Report on sanitation, dispensaries, and jails in Rajputana for 1914, and on vaccination for the year 1914-1915 - 1914-1915
Year: 1914
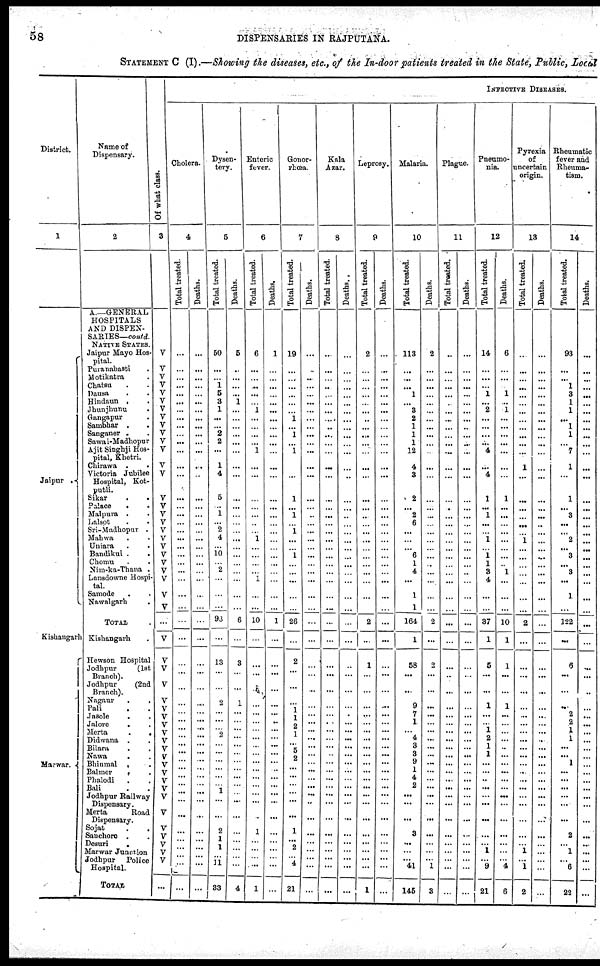
58
DISPENSARIES IN RAJPUTANA.
STATEMENT C (I).—Showing the diseases, etc., of the In-door patients treated in the State, Public, Local
District.
1
Jaipur
.
Kishangarh
Marwar.
Name of
Dispensary.
2
A.—GENERAL
HOSPITALS
AND DISPEN-
SARIES—contd.
NATIVE STATES.
Jaipur Mayo Hos-
pital.
Purnabasti.
Motikatra.
Chatsu. .
Dausa. .
Hindaun . .
Jhunjhunu.
Gangapur. .
Sambhar . .
Sanganer . .
Sawai-Madhopur
Ajit Singhji Hos-
pital, Khetri.
Chirawa . .
Victoria Jubilee
Hospital, Kot-
putli.
Sikar. .
Palace
Malpura. .
Lalsot
Sri-Madhopur .
Mahwa . .
Uniara. .
Bandikui . .
Chomu. .
Nim-ka-Thana .
Lansdowne Hospi-
tal.
Samode . .
Nawalgarh .
TOTAL.
Kishangarh .
Hewson Hospital
Jodhpur
(1st
Branch.
Jodhpur
(2nd
Branch).
Nagaur
.
.
Pali. .
Jasole. .
Jalore
. .
Merta
.
.
Didwana . .
Bilara . .
Nawa. .
Bhinml
.
.
Balmer . .
Phalodi . .
Bali . .
Jodhpur Railway
Dispensary.
Merta
Road
Dispensary.
Sojat . .
Sanchore . .
Desuri. .
Marwar Janction
Jodhpur
Police
Hospital.
TOTAL
Of what class.
3
V
V
V
V
V
V
V
V
V
V
V
V
V
V
V
V
V
V
V
V
V
V
V
V
V
V
V
...
V
V
V
V
V
V
V
V
V
V
V
V
V
V
V
V
V
V
V
V
V
V
V
...
INPECTIVE DISEASES.
Cholera.
4
Total treated.
...
...
...
...
...
...
...
...
...
...
...
...
...
...
...
...
...
...
...
...
...
...
...
...
...
...
...
...
...
...
...
...
...
...
...
...
...
...
...
...
...
...
...
...
...
...
...
...
...
...
...
...
Deaths.
...
...
...
...
...
...
...
...
...
...
...
...
..
...
...
...
...
...
...
...
...
...
...
...
...
...
...
...
...
...
...
...
...
...
...
...
...
...
...
...
...
...
...
...
...
...
...
...
...
...
...
Dysen-
tery.
5
Total treated.
50
...
... ...
5
3
1
...
...
2
2
...
1
4
5
...
1
...
2
4
...
10
...
2
...
...
...
83
...
13
...
...
2
...
...
...
2
...
...
...
...
...
...
1
...
...
2
1
1
...
11
33
Deaths.
5
..
...
...
...
1
...
...
...
...
...
...
...
...
...
...
...
...
...
...
...
...
...
...
...
...
...
6
...
3
...
...
1
...
...
...
...
...
...
...
...
...
...
...
...
...
...
...
...
...
...
4
Enteric
fever.
6
Total treated.
6
...
...
...
...
...
1
...
...
...
...
1
...
...
...
...
...
...
...
1
...
...
...
...
1
...
...
10
...
...
...
4
...
...
...
...
...
...
...
...
...
...
...
...
...
...
1
...
...
...
...
1
Deaths.
1
...
...
...
...
...
...
...
...
...
...
...
...
...
...
...
...
...
...
...
...
...
...
...
...
...
...
1
...
...
...
...
...
...
...
...
...
...
...
...
...
...
...
...
...
...
...
...
...
...
...
...
Gonor-
rhœa.
7
Total treated.
19
...
...
...
...
...
...
1
...
1
...
1
...
...
1
...
1
...
1
...
...
1
...
...
...
...
...
26
...
2
...
...
...
1
1
2
1
...
5
2
...
...
...
...
...
...
1
...
2
...
4
21
Deaths.
...
...
...
...
...
...
...
...
...
...
...
...
...
...
...
...
...
...
...
...
...
...
...
...
...
...
...
...
...
...
...
...
...
...
...
...
...
...
...
...
...
...
...
...
...
...
...
...
...
...
...
...
Kala
Azar.
8
Total treated.
...
...
...
...
...
...
...
...
...
...
...
...
...
...
...
...
...
...
...
...
...
...
...
...
...
...
...
...
...
...
...
...
...
...
...
...
...
...
...
...
...
...
...
...
...
...
...
...
...
...
...
...
Deaths.
...
...
...
...
...
...
...
...
...
...
...
...
...
...
...
...
...
...
...
...
...
...
...
...
...
...
...
...
...
...
...
...
...
...
...
...
...
...
...
...
...
...
...
...
...
...
...
...
...
...
...
...
Leprosy.
9
Total treated.
2
...
...
...
...
...
...
...
...
...
...
...
...
...
...
...
...
...
...
...
...
...
...
...
...
...
...
...
1
...
...
...
...
...
...
...
...
...
...
...
...
...
...
...
...
...
...
...
...
...
1
Deaths.
...
...
...
...
...
...
...
...
...
...
...
...
...
...
...
...
...
...
...
...
...
...
...
...
...
...
...
...
...
...
...
...
...
...
...
...
...
...
...
...
...
...
...
...
...
...
...
...
...
...
...
Malaria.
10
Total treated.
113
...
...
...
1
...
3
2
1
1
1
12
4
3
2
...
2
6
...
...
...
6
1
4
...
1
1
164
1
68
...
...
9
7
1
...
4
8
8
9
1
4
2
...
...
...
3
...
...
...
41
145
Deaths.
2
...
...
...
...
...
...
...
...
...
...
...
...
...
...
...
...
...
...
...
...
...
...
...
...
...
...
2
...
...
...
...
...
...
...
...
...
...
...
...
...
...
...
...
...
...
...
...
...
...
1
3
Plague.
11
Total treated.
...
...
...
...
...
...
...
...
...
...
...
...
...
...
...
...
...
...
...
...
...
...
...
...
...
...
...
...
...
...
...
...
...
...
...
...
...
...
...
...
...
...
...
...
...
...
...
...
...
...
...
...
Deaths.
...
...
...
...
...
...
...
...
...
...
...
...
...
...
...
...
...
...
...
...
...
...
...
...
...
...
...
...
...
...
...
...
...
...
...
...
...
...
...
...
...
...
...
...
...
...
...
...
...
...
...
...
Pneumo-
nia.
12
Total treated.
14
...
...
...
1
...
2
...
...
...
...
4
...
4
1
...
1
...
...
1
...
1 l
3
4
...
...
37
1
5
...
...
1
...
...
1
2
1
1
...
...
...
...
...
...
...
...
...
1
...
9
21
Deaths.
6
...
...
...
1
...
1
...
...
...
...
...
...
...
1
...
...
...
...
...
...
...
1
...
...
...
10
...
...
...
...
1
...
...
...
...
...
...
...
...
...
...
...
...
...
...
...
...
...
4
6
Pyrexia
of
uncertain
origin.
13
Total treated.
...
...
...
...
...
...
...
...
...
...
...
...
1
...
...
...
...
...
...
1
...
...
...
...
...
...
...
2
...
...
...
...
...
...
...
...
...
...
...
...
...
...
...
...
...
...
...
...
1
...
1
2
Deaths.
...
...
...
...
...
...
...
...
...
...
...
...
...
...
...
...
...
...
...
...
...
...
...
...
...
...
...
...
...
...
...
...
...
...
...
...
...
...
...
...
...
...
...
...
...
...
...
...
...
...
...
...
Rheumatic
fever and
Rheuma-
tism.
14
Total treated.
93
...
... 1
3
...
...
...
...
...
...
...
...
...
1
...
3
...
...
2
...
3
...
3
...
1
...
122
...
6
...
...
...
2
2
1
1
...
...
1
...
...
...
...
...
...
2
...
1
...
6
22
Deaths.
...
...
...
...
...
...
...
...
...
...
...
...
...
...
...
...
...
...
...
...
...
...
...
...
...
...
...
...
...
...
...
...
...
...
...
...
...
...
...
...
...
...
...
...
...
...
...
...
...
...
...
...